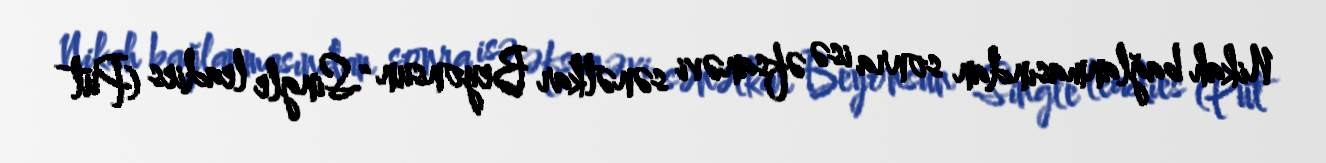
Nikah bağlanmasından sonra isə əfsanəvi sənətkar Beyonsun "Single leadies (Put